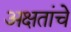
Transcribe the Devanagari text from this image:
अक्षतांचे